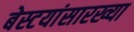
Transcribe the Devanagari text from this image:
बेस्टयांसारख्या